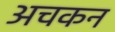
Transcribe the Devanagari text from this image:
अचकन